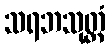
သရဘသုတ္တံ